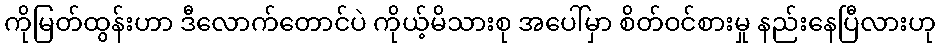
ကိုမြတ်ထွန်းဟာ ဒီလောက်တောင်ပဲ ကိုယ့်မိသားစု အပေါ်မှာ စိတ်ဝင်စားမှု နည်းနေပြီလားဟု